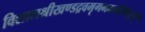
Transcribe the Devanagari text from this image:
विशालश्रीखण्डद्रवमृगमदाकीर्णघुसृण